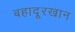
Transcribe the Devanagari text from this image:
बहादूरखान